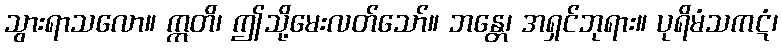
သွားရာသလော။ ဣတိ၊ ဤသို့မေးလတ်သော်။ ဘန္တေ၊ အရှင်ဘုရား။ ပုရိမံသကဋံ၊